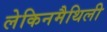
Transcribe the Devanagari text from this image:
लेकिनमैथिली